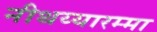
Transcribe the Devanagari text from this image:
नीथय्यारम्मा